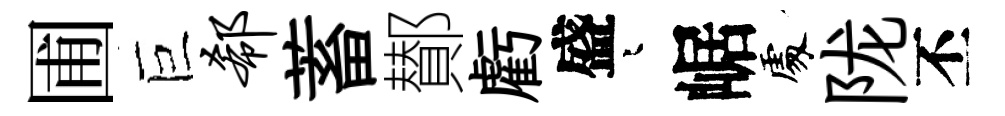
圃巨欷蓄鄼虧盛迢崌𠁅陇丕